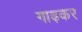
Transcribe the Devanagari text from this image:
गाढ़कर